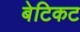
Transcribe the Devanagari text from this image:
बेटिकट